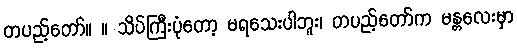
တပည့်တော်။ ။ သိပ်ကြီးပုံတော့ မရသေးပါဘူး၊ တပည့်တော်က မန္တလေးမှာ